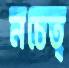
নচেত্